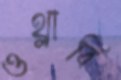
ওথ্‌লাবি